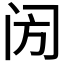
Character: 𨸂